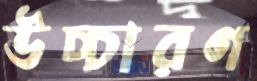
উচ্চারণ